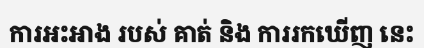
ការអះអាង របស់ គាត់ និង ការរកឃើញ នេះ